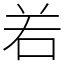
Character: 𠰥